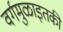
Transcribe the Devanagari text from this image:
वर्गमुळाइतकी